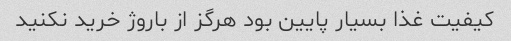
کیفیت غذا بسیار پایین بود هرگز از باروژ خرید نکنید